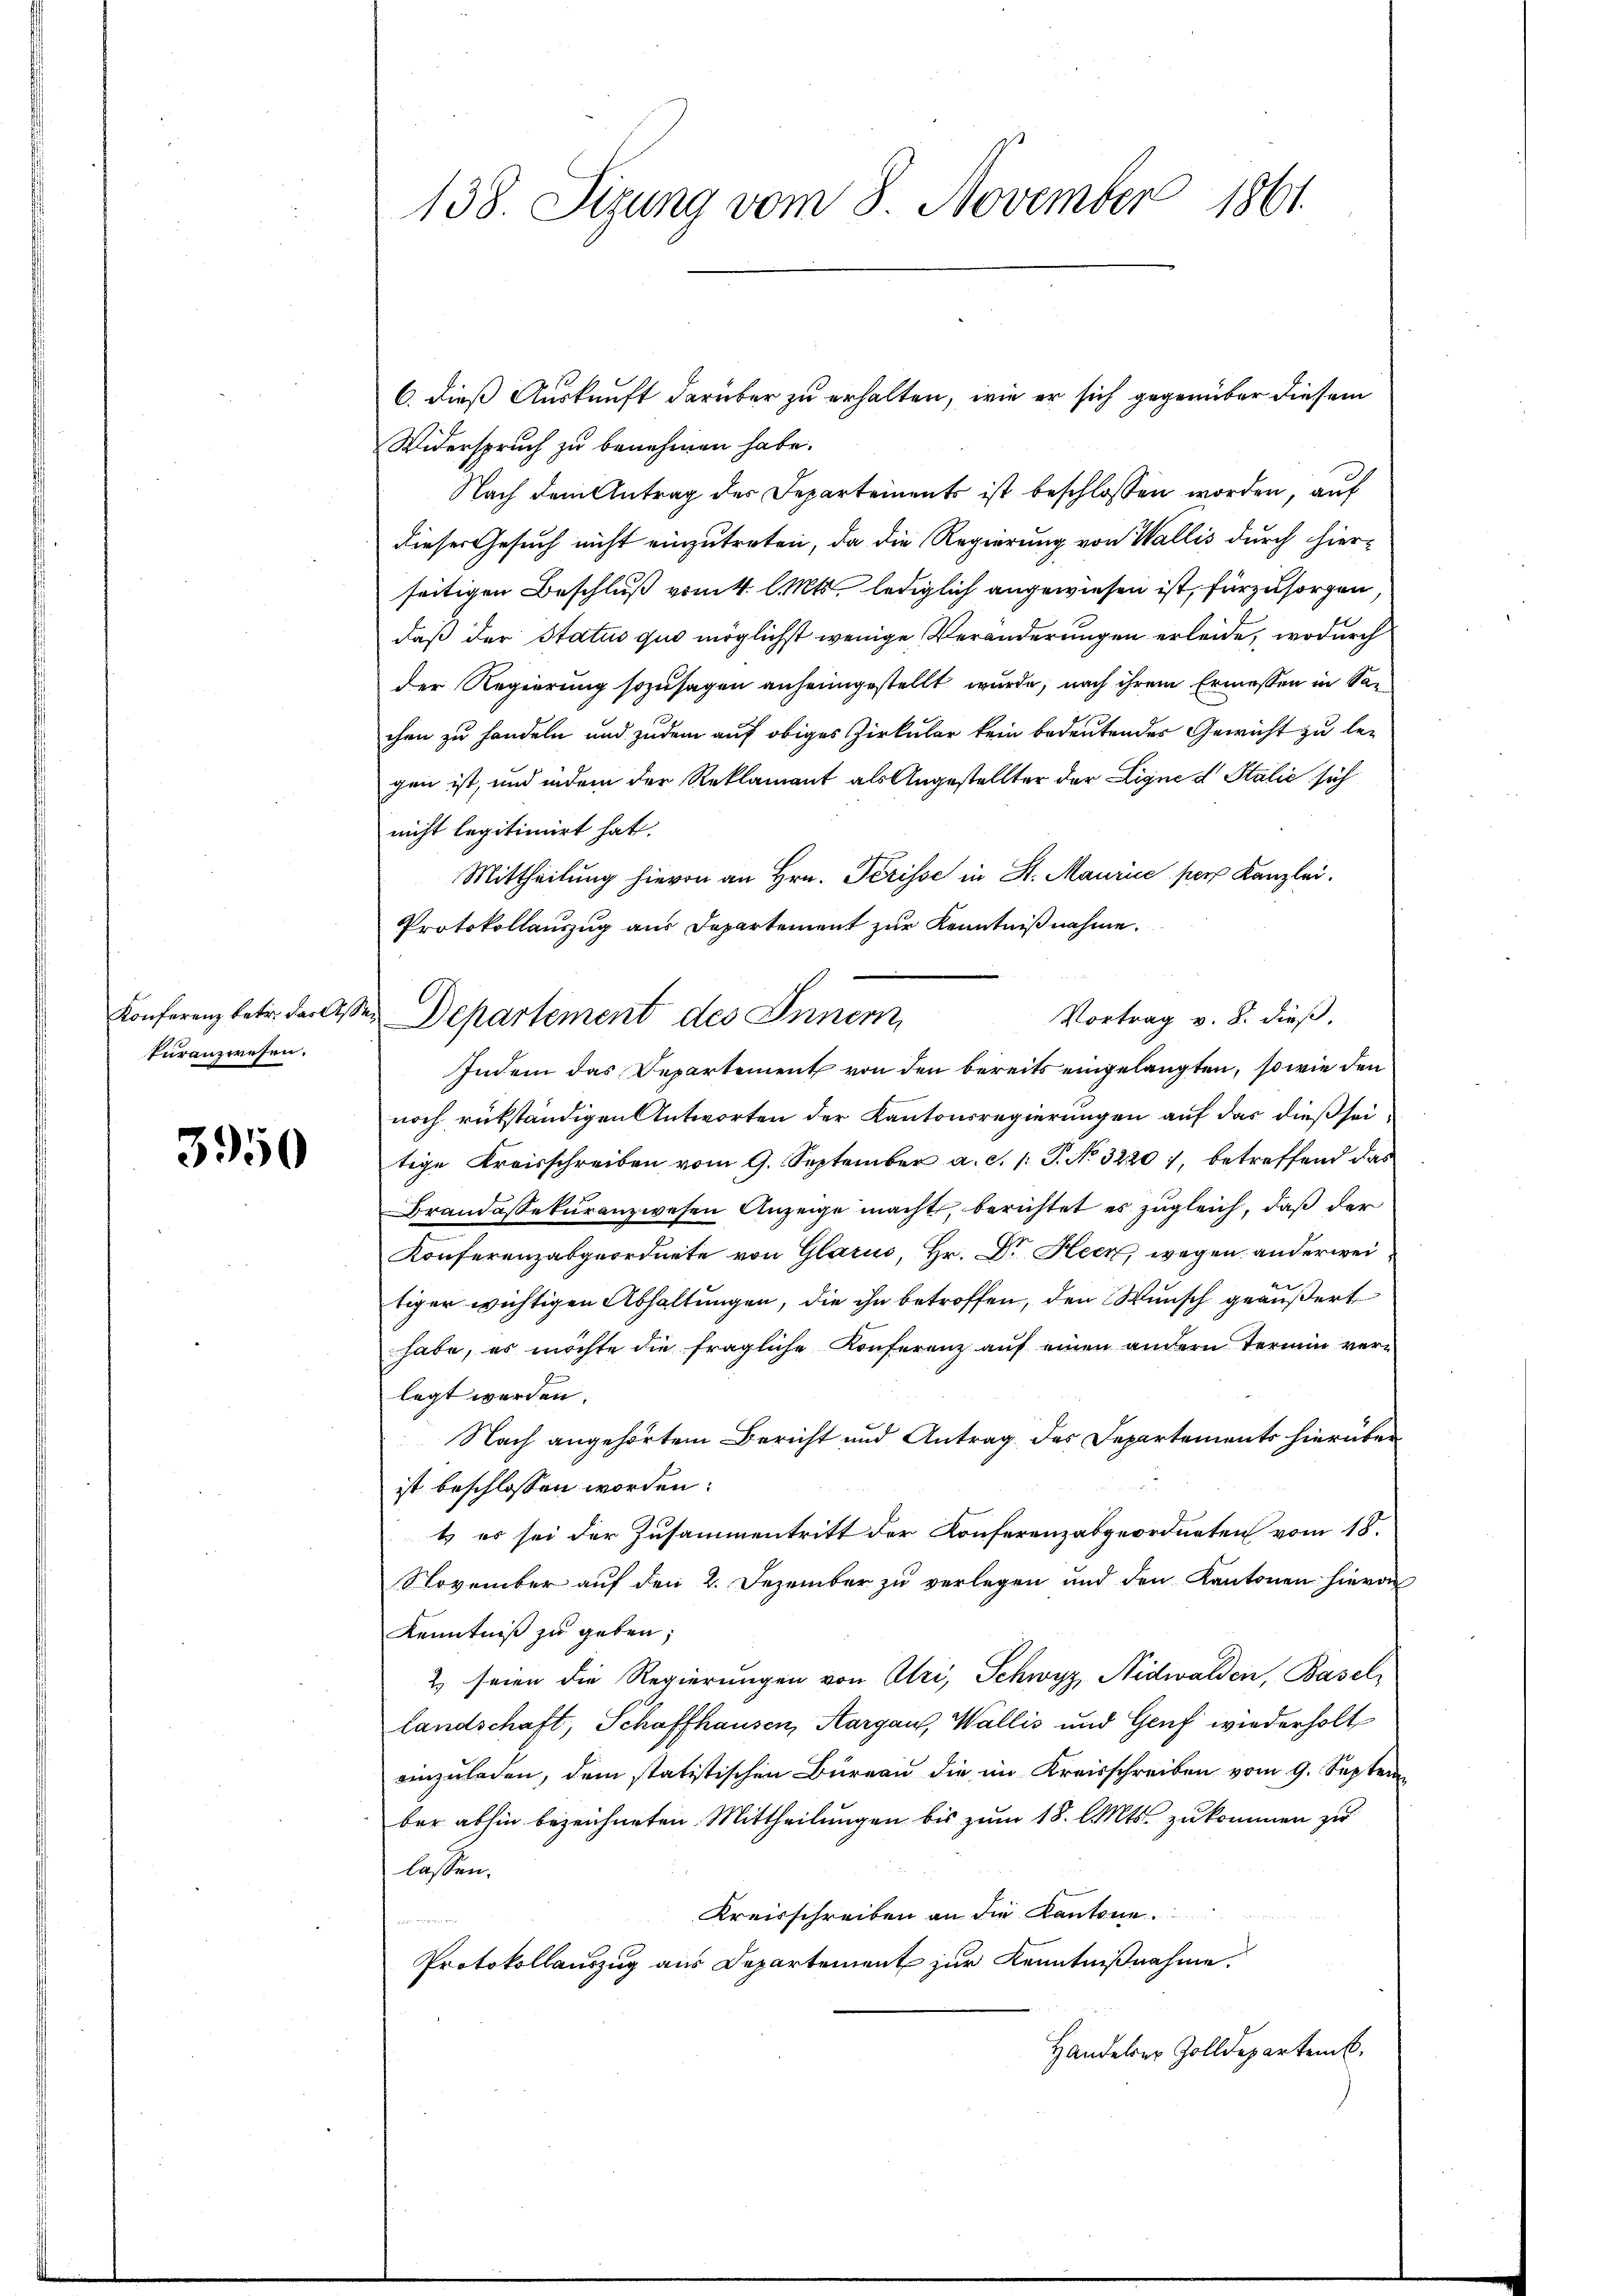
kuranzwesen.

3950

138. Sizung vom 8. November 1861.

C. dieß Auskunft darüber zu erhalten, wie er sich gegenüber diesem
Widerspruch zu benehmen habe.
Nach dem Antrag des Departements ist beschlossen worden, auf
dieser Gesuch nicht einzutreten, da die Regierung von Wallis durch hier-
seitigen Beschluß vom 4. Mts. lediglich angewiesen ist, fürzusorgen
daß der Status quo möglichst wenige Veränderungen erleide, wodurch
der Regierung sozusagen anheimgestellt wurde, nach ihrem Ermessen in Sachen zu handeln und zudem auf obiges Zirkular kein bedeutendes Gewicht zu legen ist, und indem der Reklamant als Angestellter der Ligne d Stalić sich
nicht legitimirt hat.
Mittheilung hievon an Hrn. Perisse in St. Maurice per Kanzlei.
Protokollauszug aus Departement zur Kenntnißnahme.
Vortrag v. 8. dieß.
Indem das Departement von den bereits eingelangten, so wie den
noch rükständigen Antworten der Kantonsregierungen auf das dießseitige Kreisschreiben vom 9. September a. c. p. P. No 3220), betreffend das
Brandassekuranzwesen Anzeige macht, berichtet es zugleich, daß der
Konferenzabgeordnete von Glarus, Hr. Dr. Heer, wegen anderwei¬
4
tiger wichtigen Abhaltungen, die ihn betroffen, den Wunsch geäußert
habe, es möchte die fragliche Konferenz auf einen andern Termin verlegt werden.
Nach angehörtem Bericht und Antrag des Departements hierüber
ist beschlossen worden.
t es sei der Zusammentritt der Konferenzabgeordneten vom 18.
November auf den 2. Dezember zu verlegen und den Kantonen hievon
Kenntniß zu geben,
2) seien die Regierungen von Atri, Schwyz, Nidwalden, Basels
landschaft, Schaffhausen, Aargau, Wallis und Genf wiederholt
einzuladen, dem statistischen Büreau die im Kreisschreiben vom 9. Septem
bar abhin bezeichneten Mittheilungen bis zum 18. l. Mts. zukommen zu
lassen.
Kreisschreiben an die Kantone
Protokollauszug aus Departement zur Kenntnißnahme.
Handeler Zolldepartemb.

Konferenz betr. der Assen Departement des Innern,